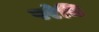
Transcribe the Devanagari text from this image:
परेचि